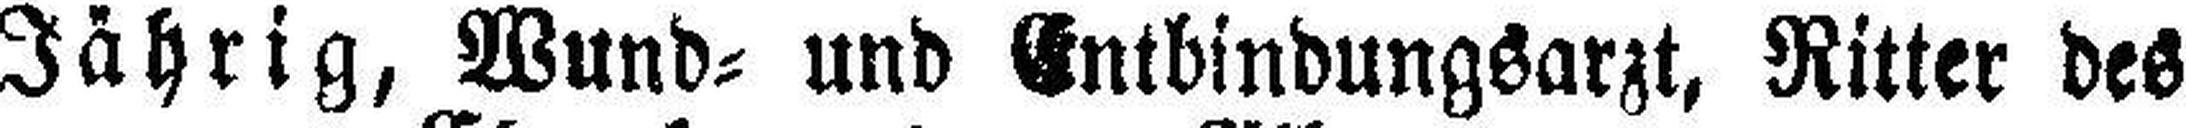
Jährig, Wund= und Entbindungsarzt, Ritter des